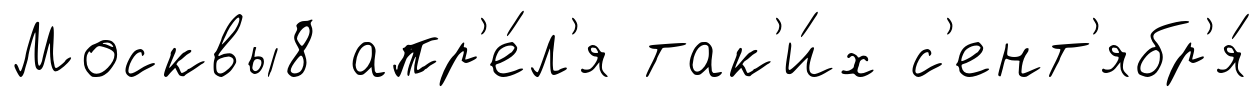
Москвы8 апр'е́л'я так'и́х с'ент'ябр'я́